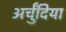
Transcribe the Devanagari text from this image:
अर्चुंदिया